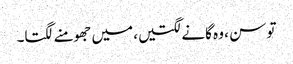
تو سن ، وہ گانے لگتیں، میں جھومنے لگتا۔